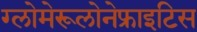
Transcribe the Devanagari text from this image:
ग्लोमेरूलोनेफ्राइटिस